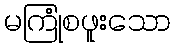
မကြုံစဖူးသော